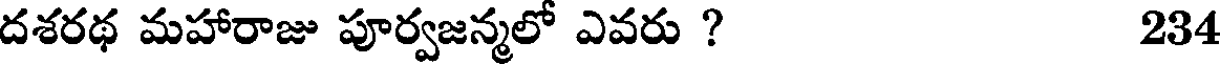
దశరథ మహారాజు పూర్వజన్మలో ఎవరు ? 234